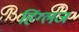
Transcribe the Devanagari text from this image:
हिंग्लज